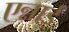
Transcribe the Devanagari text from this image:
एन्नाई